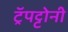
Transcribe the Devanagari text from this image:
ट्रॅपट्टोनी